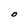
Character: O